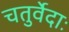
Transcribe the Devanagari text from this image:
चतुर्वेदाः